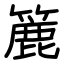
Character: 簏